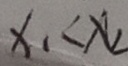
x _ { 1 } < x _ { 2 }